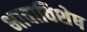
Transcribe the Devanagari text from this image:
भावाविशेष